Source: Handwritten
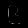
Digit: ၉ (9)